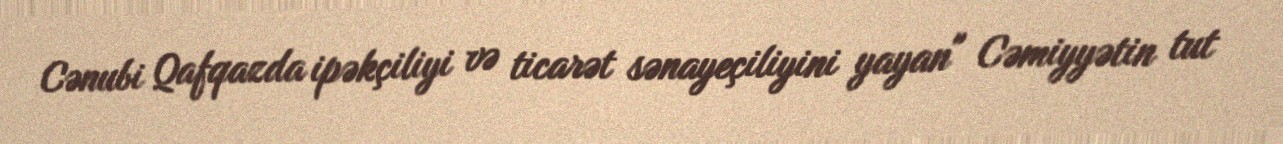
Cənubi Qafqazda ipəkçiliyi və ticarət sənayeçiliyini yayan" Cəmiyyətin tut